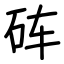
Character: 砗